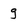
Character: g